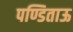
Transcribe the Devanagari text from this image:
पण्डिताऊ